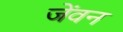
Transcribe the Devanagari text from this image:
जेंवन